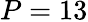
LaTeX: P=13